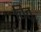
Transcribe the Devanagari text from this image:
चितू